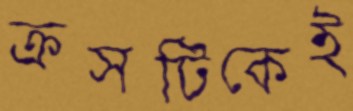
ক্রসটিকেই